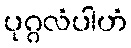
ပုဂ္ဂလံပါဟံ